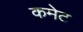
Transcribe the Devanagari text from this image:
कमेट